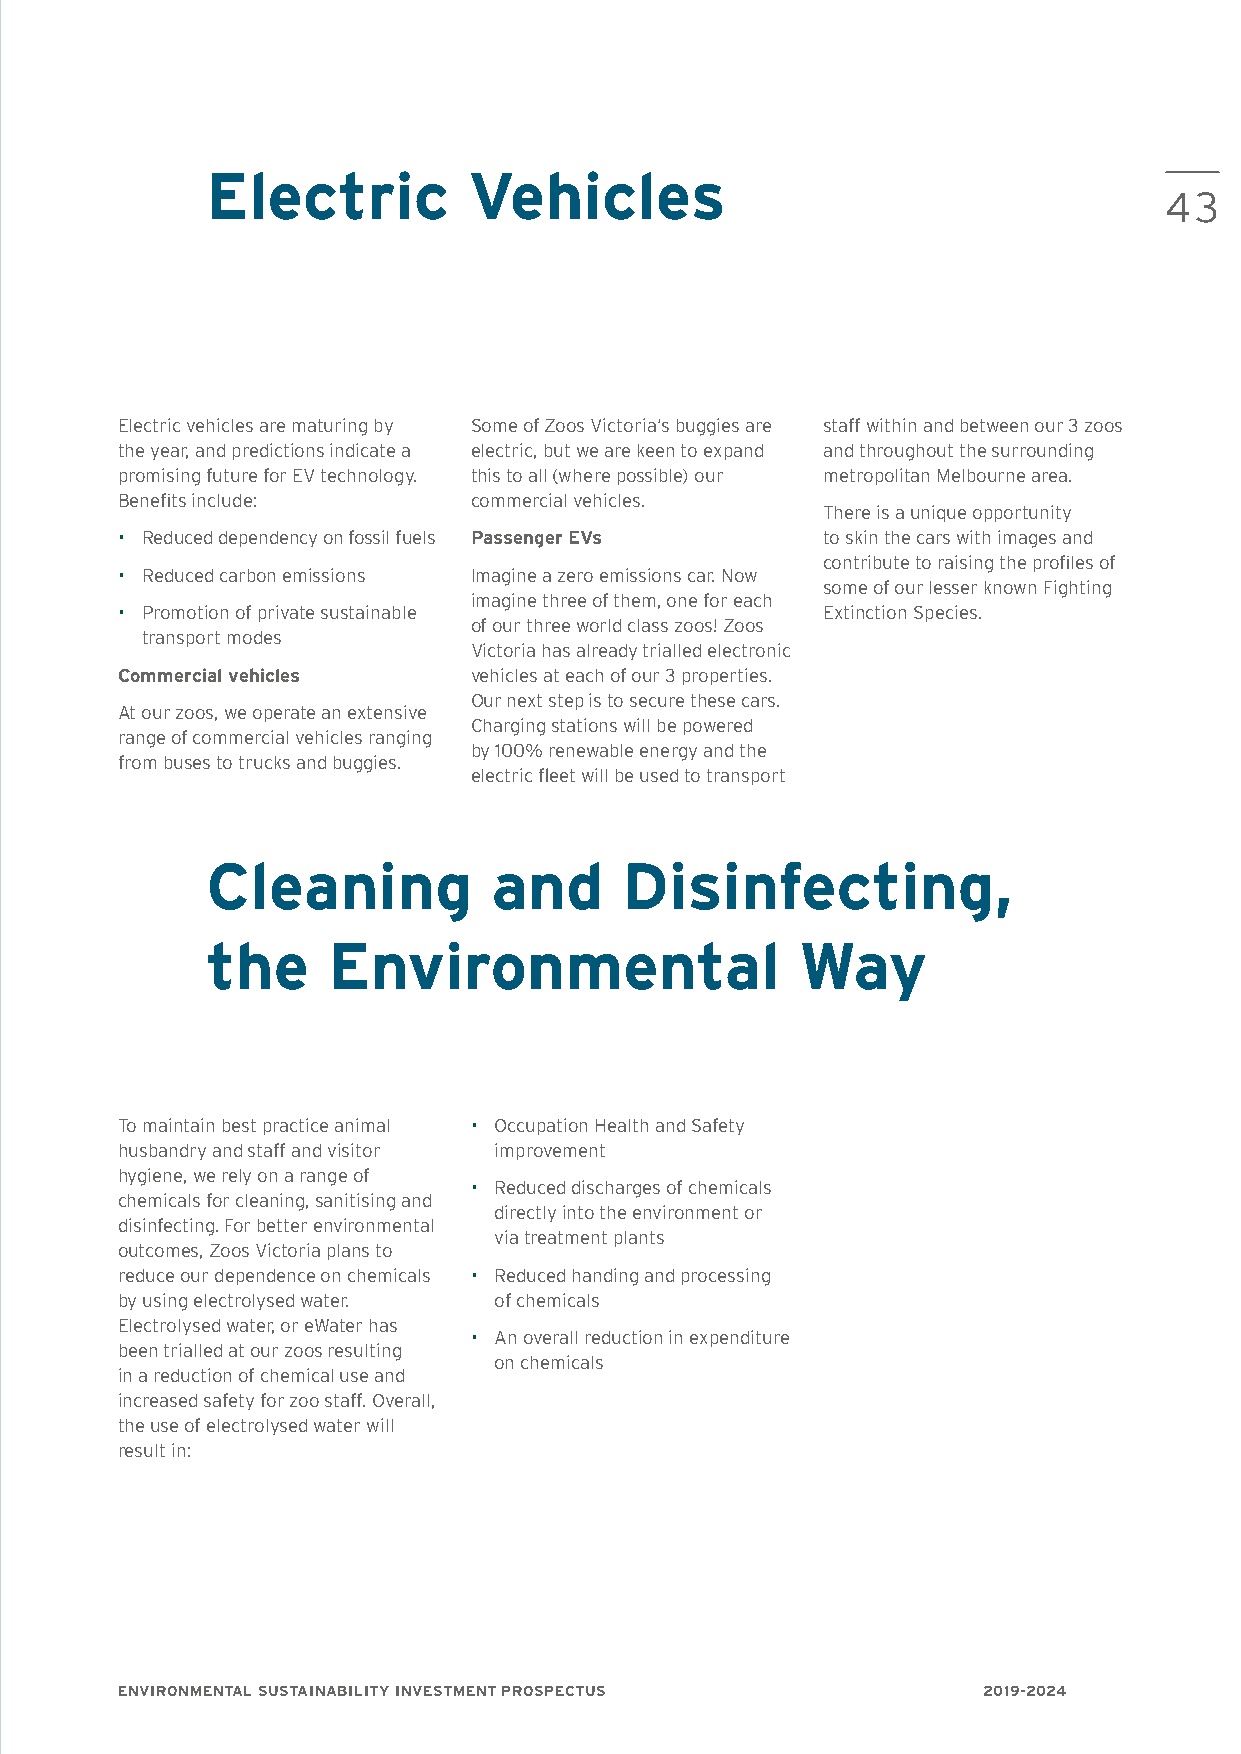
Electric         Vehicles
 43
 Electric vehicles are maturing by Some of Zoos Victoria’s buggies are staff within and between our 3 zoos
 the year, and predictions indicate a electric, but we are keen to expand and throughout the surrounding
 promising future for EV technology. this to all (where possible) our metropolitan Melbourne area.
 Benefits include:      commercial vehicles.
 There is a unique opportunity
 • Reduced dependency on fossil fuels Passenger EVs to skin the cars with images and
 contribute to raising the profiles of
 • Reduced carbon emissions Imagine a zero emissions car. Now
 some of our lesser known Fighting
 imagine three of them, one for each
 • Promotion of private sustainable            Extinction Species.
 of our three world class zoos! Zoos
 transport modes
 Victoria has already trialled electronic
 Commercial vehicles    vehicles at each of our 3 properties.
 Our next step is to secure these cars.
 At our zoos, we operate an extensive
 Charging stations will be powered
 range of commercial vehicles ranging
 by 100% renewable energy and the
 from buses to trucks and buggies.
 electric fleet will be used to transport
 Cleaning           and     Disinfecting,
 the     Environmental                  Way
 To maintain best practice animal • Occupation Health and Safety
 husbandry and staff and visitor improvement
 hygiene, we rely on a range of
 • Reduced discharges of chemicals
 chemicals for cleaning, sanitising and
 directly into the environment or
 disinfecting. For better environmental
 via treatment plants
 outcomes, Zoos Victoria plans to
 reduce our dependence on chemicals • Reduced handing and processing
 by using electrolysed water. of chemicals
 Electrolysed water, or eWater has
 • An overall reduction in expenditure
 been trialled at our zoos resulting
 on chemicals
 in a reduction of chemical use and
 increased safety for zoo staff. Overall,
 the use of electrolysed water will
 result in:
 ENVIRONMENTAL SUSTAINABILITY INVESTMENT PROSPECTUS       2019-2024